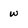
Character: w